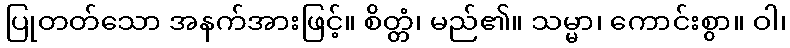
ပြုတတ်သော အနက်အားဖြင့်။ စိတ္တံ၊ မည်၏။ သမ္မာ၊ ကောင်းစွာ။ ဝါ၊